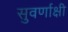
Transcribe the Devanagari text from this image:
सुवर्णाक्षी